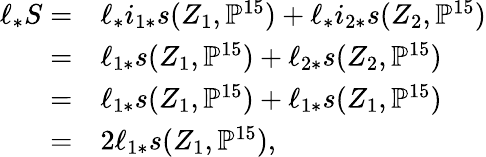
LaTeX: \begin{array}{rl}{\ell_{*}S=}&{\ell_{*}i_{1*}s(Z_{1},\mathbb{P}^{15})+\ell_{*}i_{2*}s(Z_{2},\mathbb{P}^{15})}\\ {=}&{\ell_{1*}s(Z_{1},\mathbb{P}^{15})+\ell_{2*}s(Z_{2},\mathbb{P}^{15})}\\ {=}&{\ell_{1*}s(Z_{1},\mathbb{P}^{15})+\ell_{1*}s(Z_{1},\mathbb{P}^{15})}\\ {=}&{2\ell_{1*}s(Z_{1},\mathbb{P}^{15}),}\end{array}